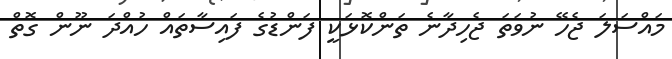
މައްސަލަ ޖެހޭ ނުވަތަ ޖެހިދާނެ ތަންކޮޅަކީ ފަންޑުގެ ފައިސާތައް ހުއްދަ ނޫން ގޮތް